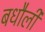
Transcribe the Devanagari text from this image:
बधौली